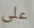
على